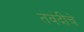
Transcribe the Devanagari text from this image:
तवंदीचे